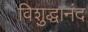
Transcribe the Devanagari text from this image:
विशुद्धानंद